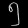
Digit: ၅